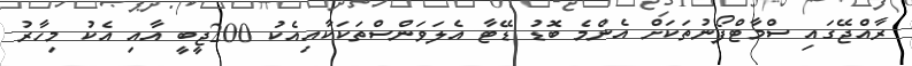
ރާއްޖޭގައި ސްމާޓްފޯނުތަކަށް އެންމެ ބޮޑު ޑޭޓާ އެލަވަންސްތަކަކާއިއެކު 200ޖީބީ އާއި އެކު މިހާރު